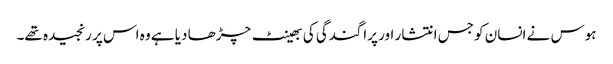
ہوس نے انسان کو جس انتشار اور پراگندگی کی بھینٹ چڑھا دیا ہے وہ اس پر رنجیدہ تھے۔